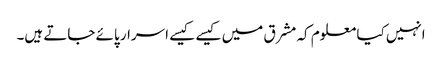
انہیں کیا معلوم کہ مشرق میں کیسے کیسے اسرار پائے جاتے ہیں۔